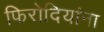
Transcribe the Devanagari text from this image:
फिरोदियांना